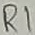
Text: R1